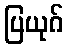
ပြယုဂ်